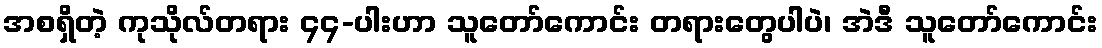
အစရှိတဲ့ ကုသိုလ်တရား ၄၄-ပါးဟာ သူတော်ကောင်း တရားတွေပါပဲ၊ အဲဒီ သူတော်ကောင်း